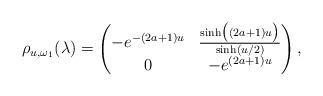
LaTeX: \begin{align*} \rho_{u,\omega_1}(\lambda) = \begin{pmatrix} -e^{-(2a+1)u} & \frac{\sinh\bigl((2a+1)u\bigr)}{\sinh(u/2)} \\ 0 & -e^{(2a+1)u} \end{pmatrix},\end{align*}